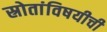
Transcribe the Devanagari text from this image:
स्रोतांविषयीची